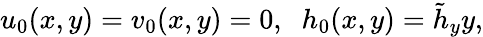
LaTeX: u_{0}(x,y)=v_{0}(x,y)=0,\; \; h_{0}(x,y)=\tilde{h}_{y}y,